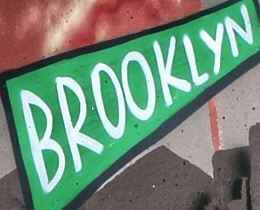
BROOKLYN